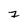
Character: 7